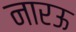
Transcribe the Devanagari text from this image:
नारऊ